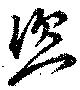
恣